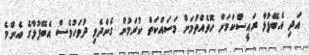
އަދި އެބޭފުޅާ ރައީސްކަމަށް ހޮވެއްވުމަށް މަސައްކަތް ކުރަމުން ގެންދެވި ދުވަހުވެސް އެބޭފުޅާގެ އެންމެ